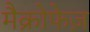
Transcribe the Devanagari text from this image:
मैक्रोफेज़